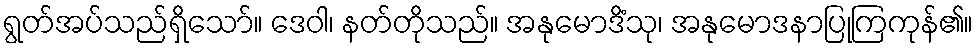
ရွတ်အပ်သည်ရှိသော်။ ဒေဝါ၊ နတ်တိုသည်။ အနုမောဒိံသု၊ အနုမောဒနာပြုကြကုန်၏။